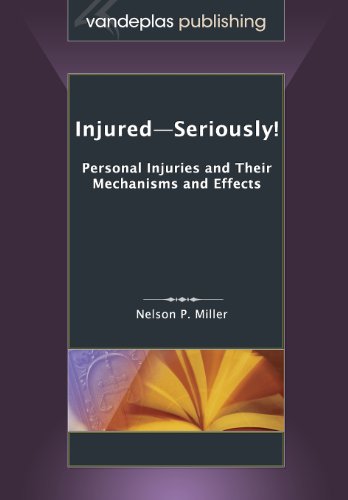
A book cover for Injured-Seriously!  Personal Injuries and Their Mechanisms and Effects; Nelson P. Miller; Law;